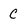
Character: c